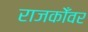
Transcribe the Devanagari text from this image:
राजकोँवर